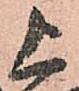
上